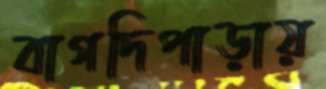
বাগদিপাড়ায়